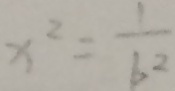
x ^ { 2 } = \frac { 1 } { b ^ { 2 } }